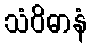
သံဝိဓာနံ